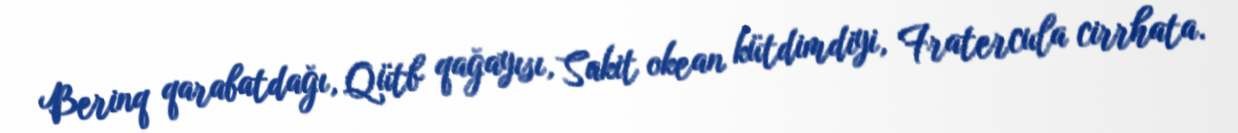
Berinq qarabatdağı, Qütb qağayısı, Sakit okean kütdimdiyi, Fratercula cirrhata.